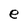
Character: e